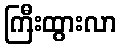
ကြီးထွားလာ